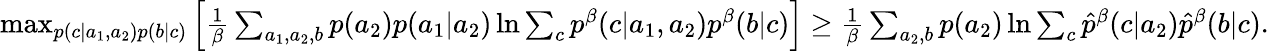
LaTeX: \begin{array}{r}{\operatorname*{max}_{p(c|a_{1},a_{2})p(b|c)}\left[{\frac{1}{\beta}\sum_{a_{1},a_{2},b}p(a_{2})p(a_{1}|a_{2})\ln{\sum_{c}p^{\beta}(c|a_{1},a_{2})p^{\beta}(b|c)}}\right]\geq\frac{1}{\beta}\sum_{a_{2},b}p(a_{2})\ln{\sum_{c}\hat{p}^{\beta}(c|a_{2})\hat{p}^{\beta}(b|c)}.}\end{array}